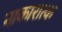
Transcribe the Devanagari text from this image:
नाकारात्क